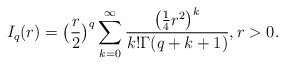
\begin{align*} I_q(r)=\big(\frac{r}{2}\big)^{q}\sum_{k=0}^{\infty}\frac{\big(\frac{1}{4}r^2\big)^k}{k ! \Gamma(q+k+1)}, r >0.\end{align*}